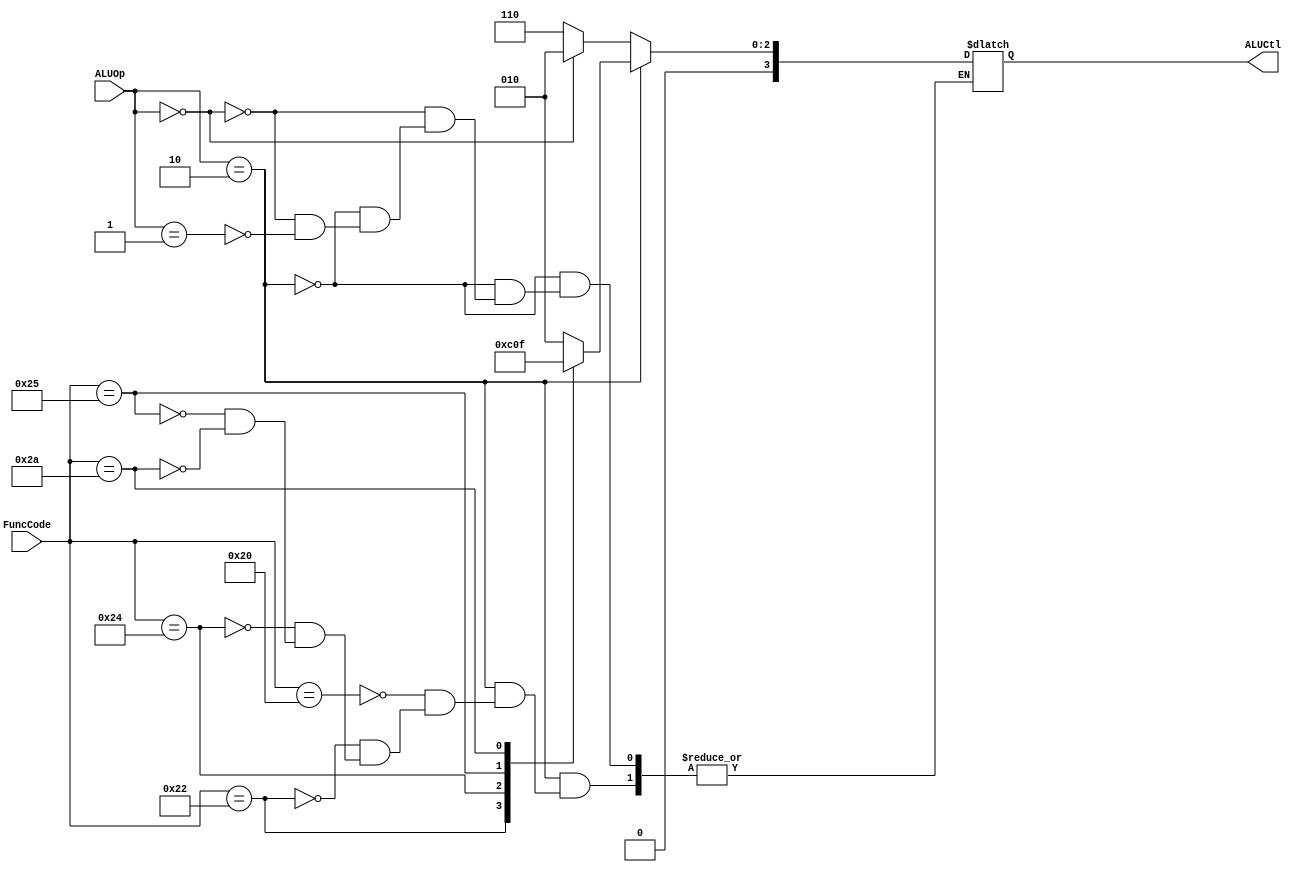
////////////////////////////////////////////////////////////////////////////////////////////////
//                                                                                            //
// - Create Date: 25/05/2018                                                                  //
// - Developer: Paulo Brandao e Lucas Soares                                                  //
// - Module Name: Bloco III - ULA - Unidade Logica Aritmetica                                 //
// - Project Name: Caminho de dados MIPS                                                      //
//                                                                                            //
////////////////////////////////////////////////////////////////////////////////////////////////

// a) Instrucao logica Aritmetica
//    recebe o valor do registrador 1 (Read data 1) e o valor selecionado no MUX
//    entre o registrador 2 (Read data 2) e a instrucao extendida [15:0] apos
//    passar pelo Sign-extend
// b) Calculo do Endereco
//    E dado por um Registrador Base (Read data 1) somado aos 16bits que foram
//    extendidos para 32bits pelo Sign-extend.
//    Load Store - o MUX seleciona a entrada debaixo
// c) Calculo de Endereco do Desvio condicional
//    Compara os 2 valores do registradores e gera sinal ZERO para determinar a
//    a igualdade. em paralelo, calcula o endereco para onde vai desviar.
//    Utiliza o PC atualizado (+4) e soma com os 16bits apos extensao para 32bits
//    O valor extendido e deslocado 2 vezes a esquerda (shift left <<2) pois o PC
//    esta atualizado (+4), ajustando as posicoes.

module ULAControl(
  input [5:0] FuncCode,
  input [1:0] ALUOp,
  output reg [3:0] ALUCtl
);
always @(ALUOp, FuncCode) begin
if(ALUOp == 2'b10) begin
    case(FuncCode)
        6'b100000: ALUCtl = 4'b0010; //add
        6'b100010: ALUCtl = 4'b0110; //sub
        6'b100100: ALUCtl = 4'b0000; //and
        6'b100101: ALUCtl = 4'b0001; //or
        6'b101010: ALUCtl = 4'b0111; //slt
    endcase
end
else if(ALUOp == 2'b00) begin
    ALUCtl = 4'b0010; //lw sw
end
else if(ALUOp == 2'b01) begin
    ALUCtl = 4'b0110; //beq
end
end
endmodule
//MUX que define a segunda entrada da ULA,entre
//Read Data 2 e a instrucao extendida 32bits.
module MuxULA(
  input [31:0]valueMux0, //recebe Read data 2 do Banco de Registradores
  input [31:0]valueMux1, //recebe a instrucao [15:0] apos o Sign-extend
  input ALUSrc, //Sinal de controle
  output reg[31:0] RegMUXoutULA
);
    always @(ALUSrc) begin
      if (ALUSrc == 1'b1) begin
        RegMUXoutULA = valueMux1;
      end
      if(ALUSrc == 1'b0) begin
        RegMUXoutULA = valueMux0;
      end
    end
endmodule

module ULA(
  input [31:0]value1,
  input [31:0]value2,
  input [3:0]ALUControl,
  output reg [31:0]ALUResult,
  output reg zero
);
  always @ (ALUControl, value1, value2)
  begin
    case (ALUControl)
      4'b0000: ALUResult = value1 & value2;
      4'b0001: ALUResult = value1 | value2;
      4'b0010: ALUResult = value1 + value2;
      4'b0110: ALUResult = value1 - value2;
      4'b0111: ALUResult = value1 < value2 ? 1 : 0;
      4'b1100: ALUResult = ~(value1 | value2);
      default: ALUResult = 32'b0;
    endcase
  end
  always @ (ALUResult) begin
  if(ALUResult == 0) begin
    zero = 1;
  end
  else begin
    zero = 0;
  end
  end
endmodule

module controleand(
  input Branch,
  input Zero,
  output reg controland
);
always @(Branch, Zero) begin
controland = Branch & Zero;
end
endmodule

//Descolamento
module shift(
  input [31:0] addressExtendido,
  output reg [31:0] addressShift
);
always @(addressExtendido) begin
addressShift = addressExtendido << 2;
end
endmodule

module ULAAdd(
  input [31:0] addressSomador,
  input [31:0] addressShift,
  output reg [31:0] ALUResult
);
always @ (addressShift, addressSomador) begin
  ALUResult = addressSomador + addressShift;
end
endmodule

//Multiplexador do Desvio condicional
module muxDesvio(
  input [31:0] in0, //Valor 1 de entrada no MUX de desvio condicional
  input [31:0] in1, //Valor 2 de entrada no MUX de desvio condicional
  input controland, //Controle de sinal apos AND
  output reg [31:0] addressDesvio //Saida do MUX de desvio condicional
);

  always @ (controland) begin
    if(controland == 1'b1) begin
      addressDesvio = in1;
    end
    else begin
      addressDesvio = in0;
    end
  end
endmodule